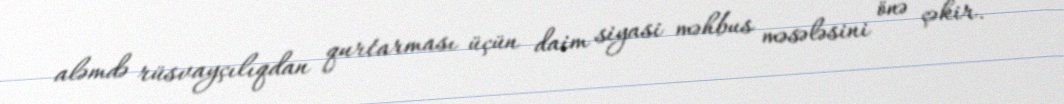
aləmdə rüsvayçılıqdan qurtarması üçün daim siyasi məhbus məsələsini önə çəkir.